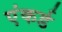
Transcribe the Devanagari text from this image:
एंकर्ड